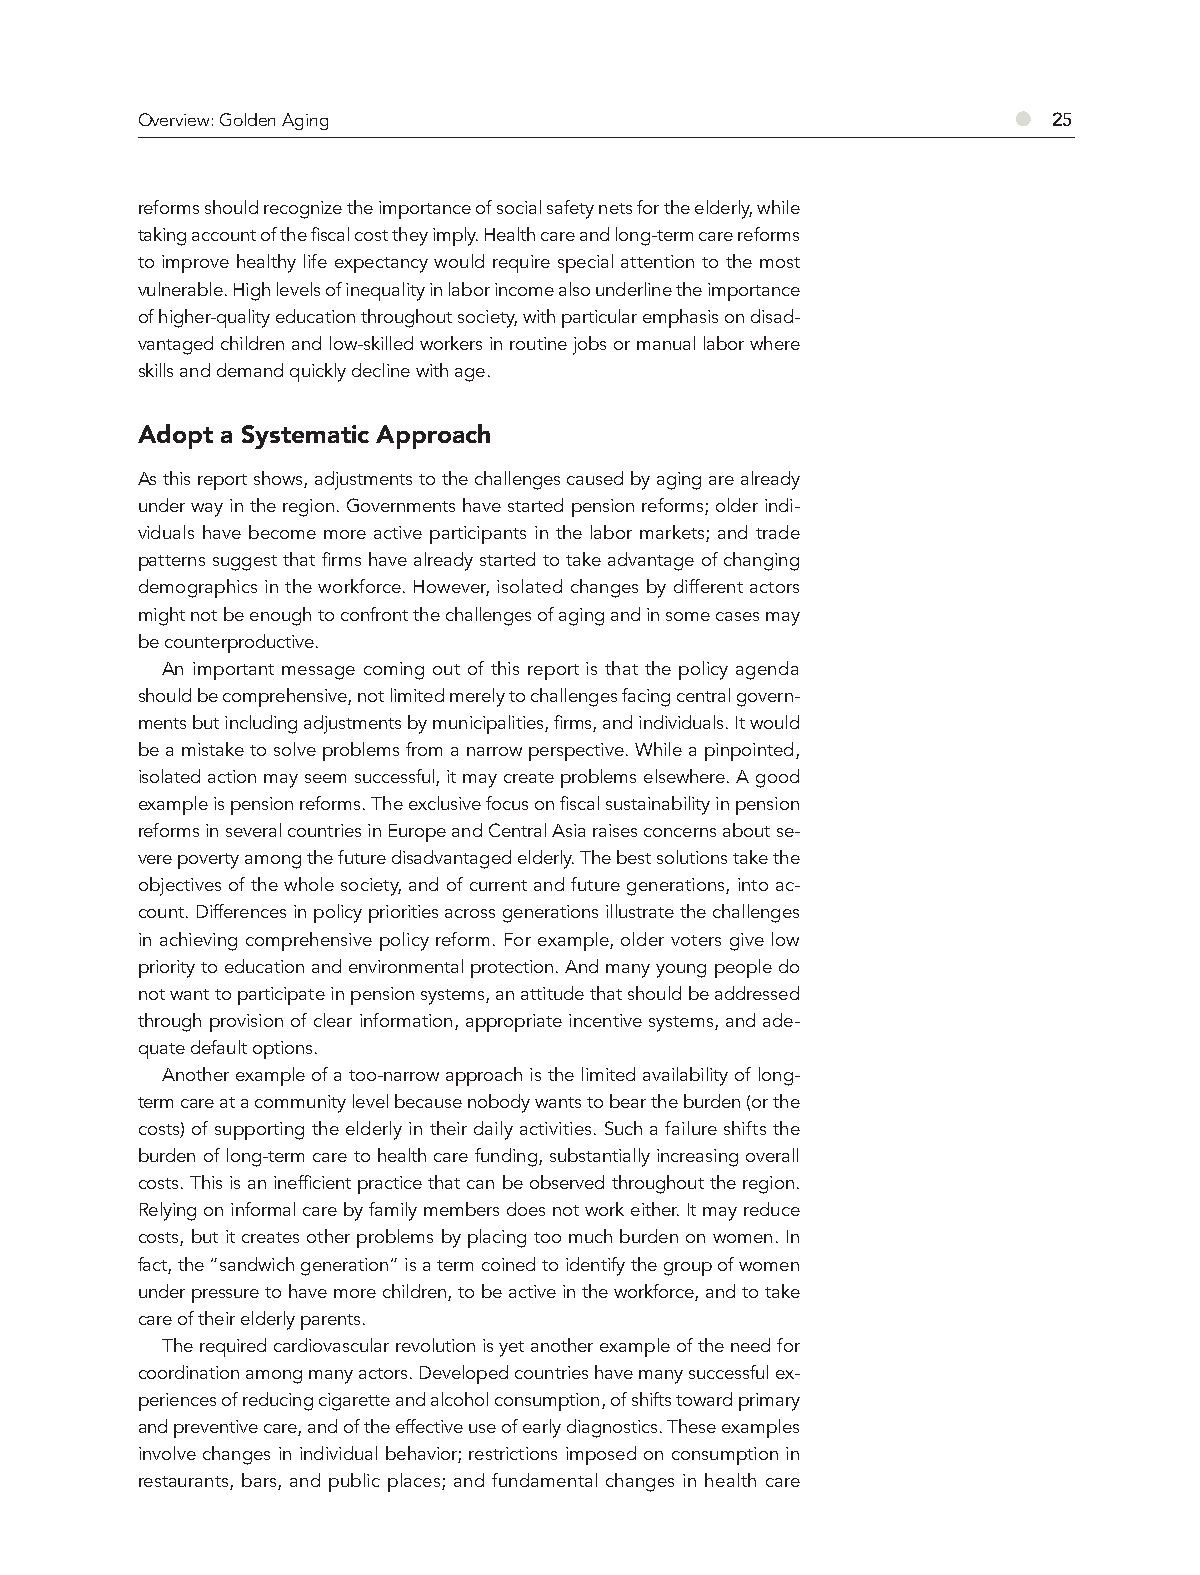
Overview: Golden Aging                                    ●  25
 reforms should recognize the importance of social safety nets for the elderly, while
 taking account of the fiscal cost they imply. Health care and long-term care reforms
 to improve healthy life expectancy would require special attention to the most
 vulnerable. High levels of inequality in labor income also underline the importance
 of higher-quality education throughout society, with particular emphasis on disad-
 vantaged children and low-skilled workers in routine jobs or manual labor where
 skills and demand quickly decline with age.
 Adopt a Systematic Approach
 As this report shows, adjustments to the challenges caused by aging are already
 under way in the region. Governments have started pension reforms; older indi-
 viduals have become more active participants in the labor markets; and trade
 patterns suggest that firms have already started to take advantage of changing
 demographics in the workforce. However, isolated changes by different actors
 might not be enough to confront the challenges of aging and in some cases may
 be counterproductive.
 An important message coming out of this report is that the policy agenda
 should be comprehensive, not limited merely to challenges facing central govern-
 ments but including adjustments by municipalities, firms, and individuals. It would
 be a mistake to solve problems from a narrow perspective. While a pinpointed,
 isolated action may seem successful, it may create problems elsewhere. A good
 example is pension reforms. The exclusive focus on fiscal sustainability in pension
 reforms in several countries in Europe and Central Asia raises concerns about se-
 vere poverty among the future disadvantaged elderly. The best solutions take the
 objectives of the whole society, and of current and future generations, into ac-
 count. Differences in policy priorities across generations illustrate the challenges
 in achieving comprehensive policy reform. For example, older voters give low
 priority to education and environmental protection. And many young people do
 not want to participate in pension systems, an attitude that should be addressed
 through provision of clear information, appropriate incentive systems, and ade-
 quate default options.
 Another example of a too-narrow approach is the limited availability of long-
 term care at a community level because nobody wants to bear the burden (or the
 costs) of supporting the elderly in their daily activities. Such a failure shifts the
 burden of long-term care to health care funding, substantially increasing overall
 costs. This is an inefficient practice that can be observed throughout the region.
 Relying on informal care by family members does not work either. It may reduce
 costs, but it creates other problems by placing too much burden on women. In
 fact, the “sandwich generation” is a term coined to identify the group of women
 under pressure to have more children, to be active in the workforce, and to take
 care of their elderly parents.
 The required cardiovascular revolution is yet another example of the need for
 coordination among many actors. Developed countries have many successful ex-
 periences of reducing cigarette and alcohol consumption, of shifts toward primary
 and preventive care, and of the effective use of early diagnostics. These examples
 involve changes in individual behavior; restrictions imposed on consumption in
 restaurants, bars, and public places; and fundamental changes in health care